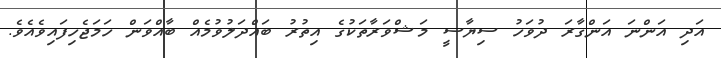
އަދި އަންނަ އަންގާރަ ދުވަހު ސިޔާސީ މަޝްވަރާތަކުގެ އިތުރު ބައްދަލުވުމެއް ބާއްވަން ހަމަޖެހިފައިވެއެވެ.